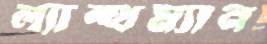
ল্যান্থম্যান